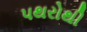
પથરોથી